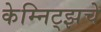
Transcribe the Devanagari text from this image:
केम्निट्झचे